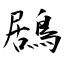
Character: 鶋